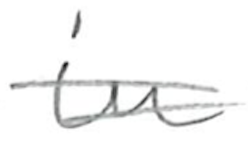
Text: in
Cross-out: double-line
Writing tool: pencil